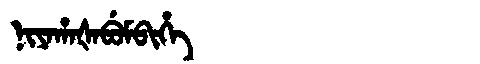
Manchu: ᠨᡳᠶᠠᡥᠠᡧᠠᠪᡠᠮᠪᡳᡥᡝ
Romanization: NIYAHAŠABUMBIHE